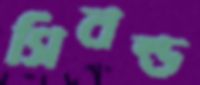
সিবল্ড